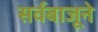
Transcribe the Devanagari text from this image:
सर्वबाजूने